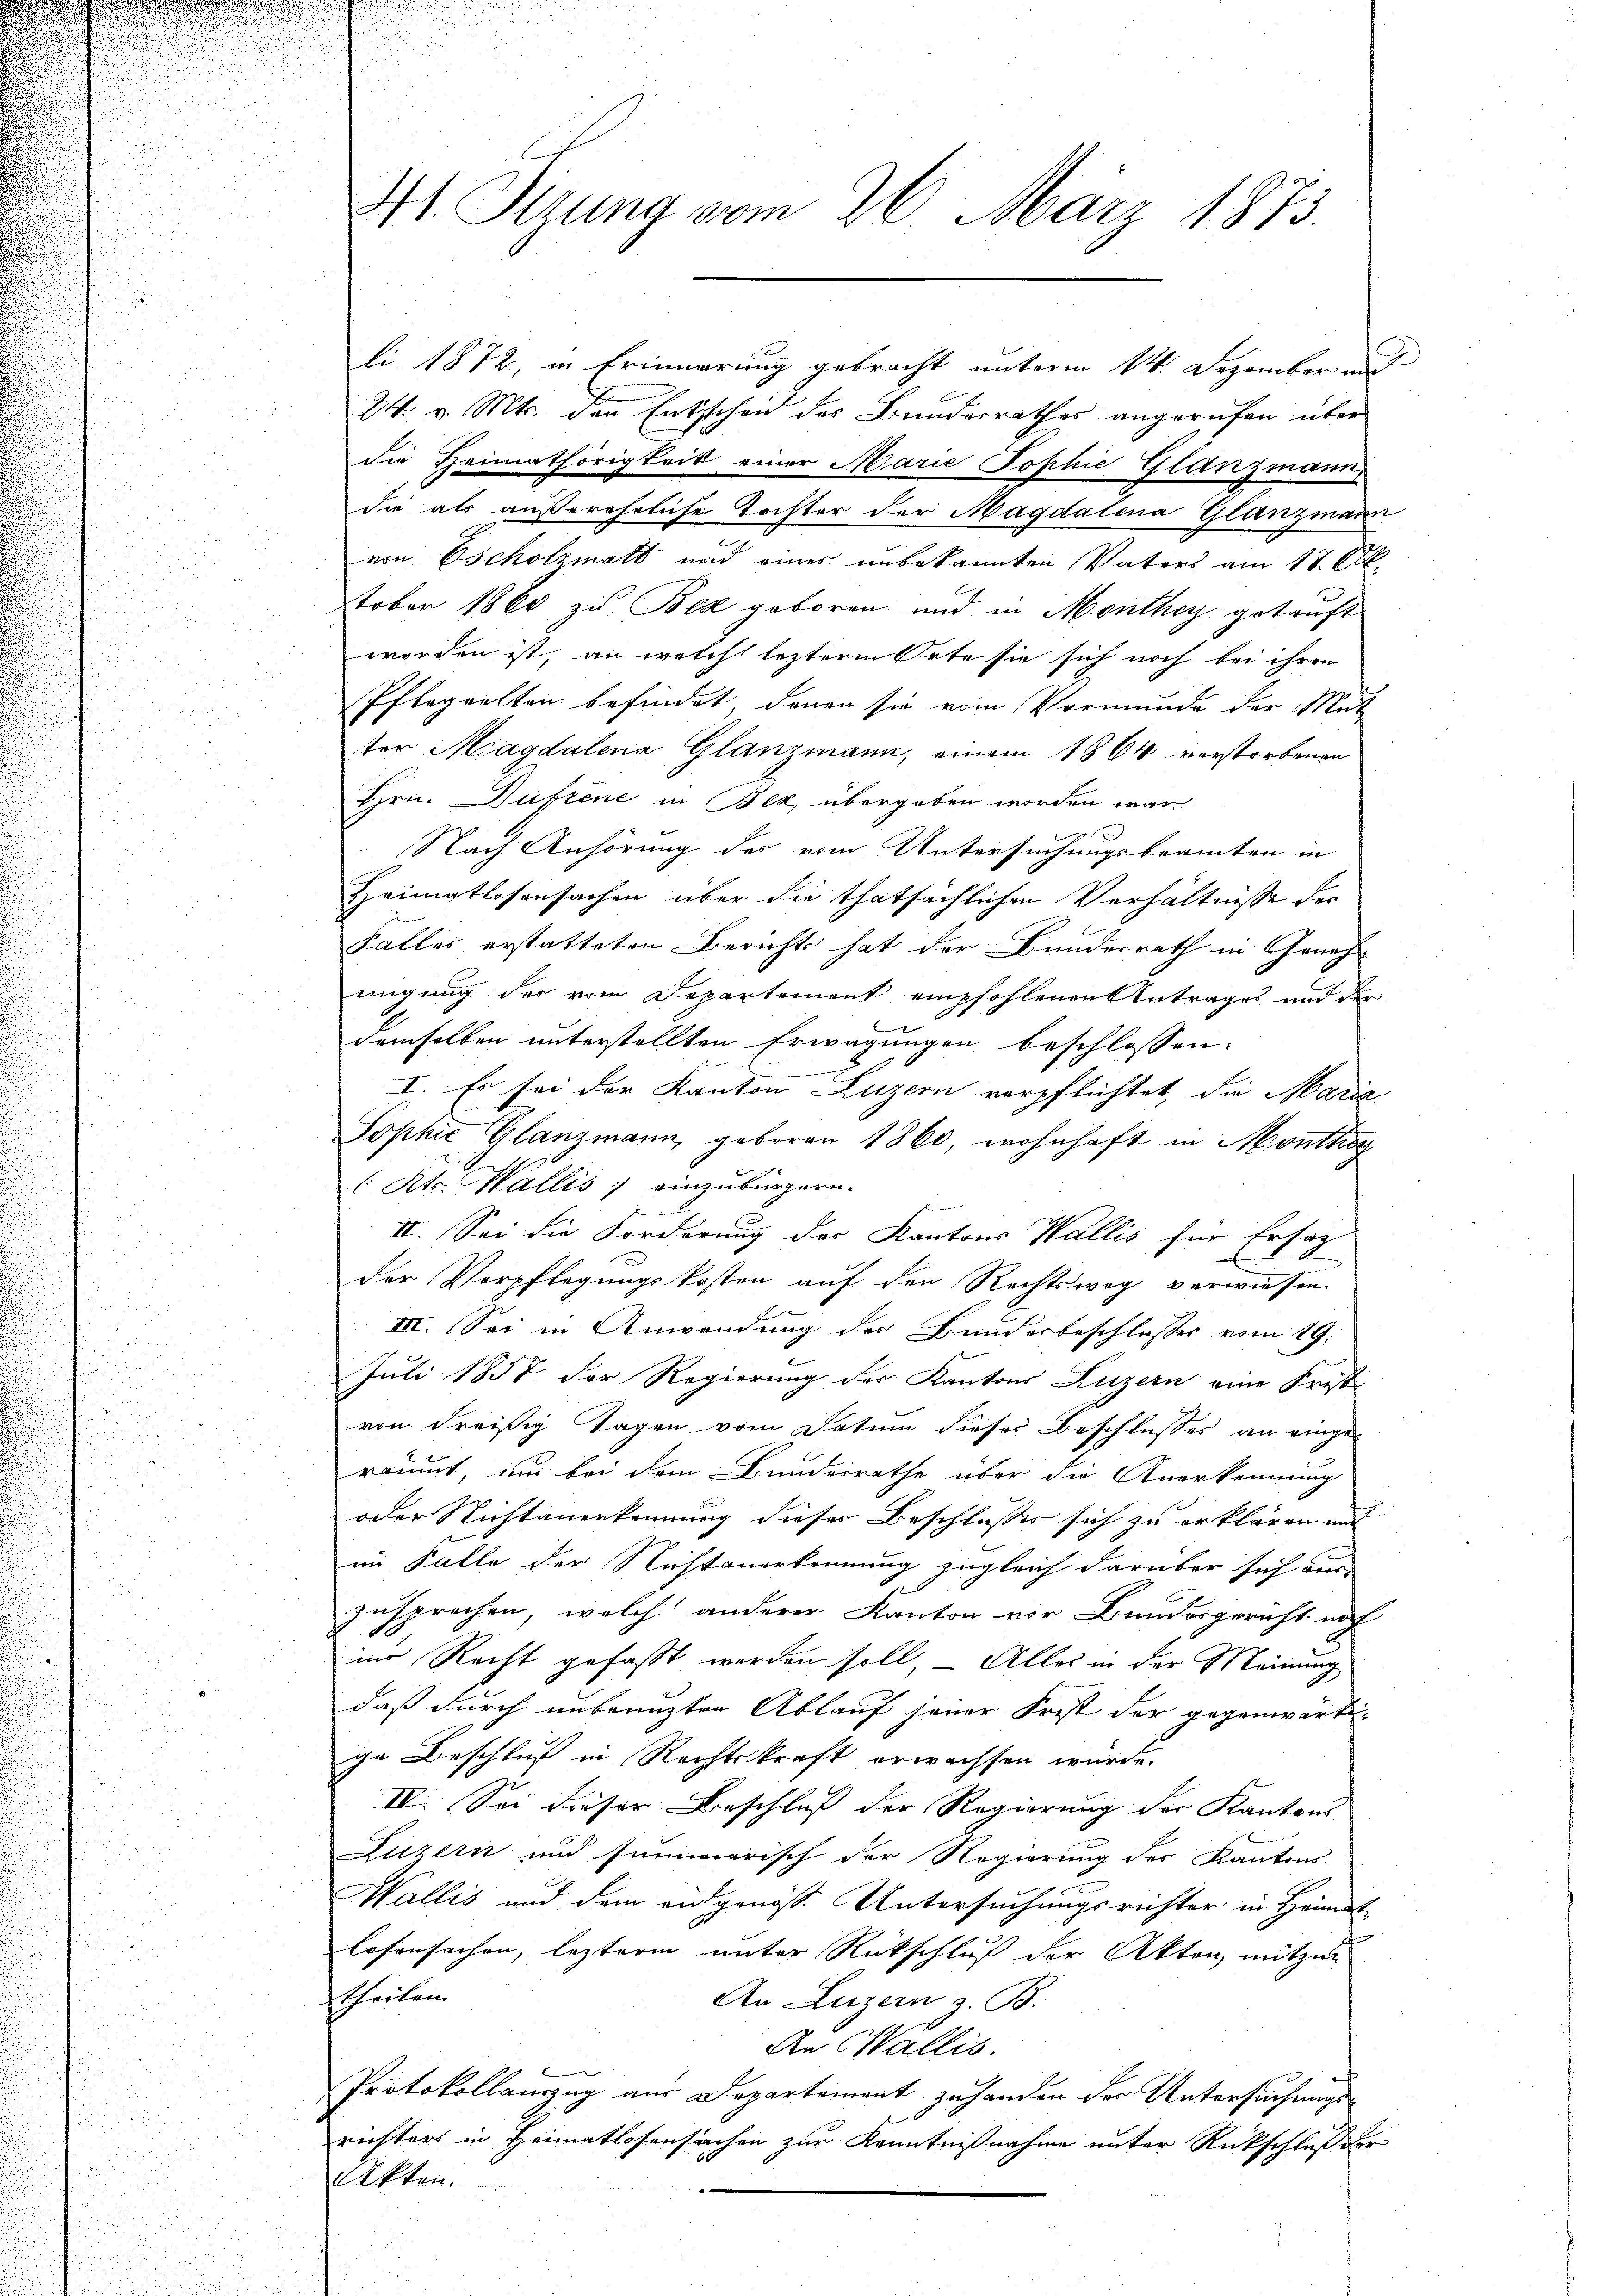
li 1872, in Erinnerung gebracht unterm 14. Dezember und
2t v. Mts. den Entschen des Bundesrathes angerufen über
die Heimathörigkeit einer Marie Tophie Glanzmann
die als außereheliche Tochter der Magdalena Glanzmann
von Escholzmatt und eines unbekannten Vaters am 17. Oktober 1860 zu Bex geboren und in Monthey getauft
worden ist, an welch lezterm Orte sie sich noch bei ihren
Pflegeelten befindet, denen sie vom Vormunde der Mut
ter Magdalena Glanzmann, einem 1864 verstorbenen
Hrn. Duftene in Bez übergeben werden war.
Nach Anhörung des vom Untersuchungsbeamten in
Heimatlosensachen über die thatsächlichen Verhältnisse der
Falles erstatteten Berichts hat der Bundesrath in Geneh-
migung der vom Departement empfohlenen Antrages und der
e
demselben unterstellten Erwägungen beschlossen:
I. Es sei der Kanton Luzern verpflichtet, die Maria
Sophie Glanzmann, geboren 1860, wohnhaft in Monthe
( Kts. Wallis, einzubürgern.
II. Sei die Forderung der Kantons Wallis für Ersatz
h
der Verpflegungskosten auf den Rechtsweg verwiesen
III. Sei in Anwendung des Bunderbeschlusses vom 19.
Juli 1857 der Regierung der Kantons Luzern eine Frast
von dreißig Tagen vom Datum dieses Beschlusses an eingeräumt, um bei dem Bundesrathe über die Anerkennung
oder Nichtanerkennung dieser Beschlusses sich zu erklären mit
im Falle der Nichtanerkennung zugleich darüber sich aus-
s
zusprechen, welch anderer Kanton vor Bundesgericht noch
in Recht gefasst werden soll, – Alles in der Meinung
daß durch unbenuzten Ablauf seiner Frist der gegenwärti-
ge Beschluß in Rechtskraft erwachsen wurde.
IV. Sei dieser Beschluß der Regierung der Kantons-
Luzern und summarisch der Regierung der Kantons
Wallis und dem angenoße Untersuchungsrichter in Heimat
losensachen, lezterm unter Rückschluß der Akten, mitzun
theilen
An Luzern z. B.
An Wallis.
Protokollauszug aus Departement zu handen der Untersuchungsrichters in Heimatlosensachen zur Kenntnißnahme unter Rückschluß der
Akten.

2
Mt. Sitzung vom 26. März 1873.